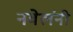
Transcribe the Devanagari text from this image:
नवेलंनी